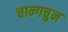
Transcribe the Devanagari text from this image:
चान्गचुन